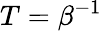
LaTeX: T=\beta^{-1}